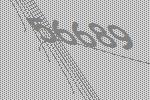
56689